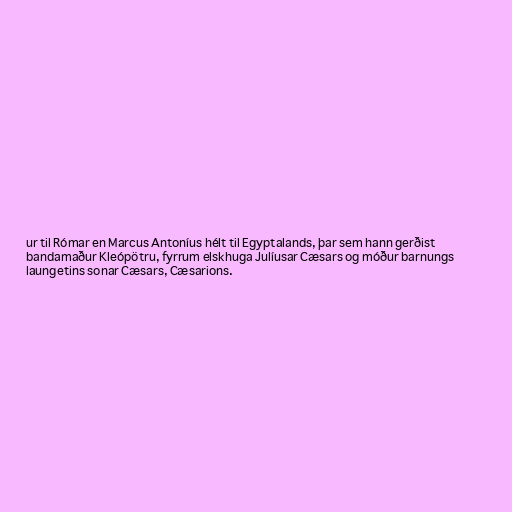
ur til Rómar en Marcus Antoníus hélt til Egyptalands, þar sem hann gerðist
bandamaður Kleópötru, fyrrum elskhuga Julíusar Cæsars og móður barnungs
laungetins sonar Cæsars, Cæsarions.